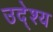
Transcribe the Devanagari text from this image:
उदे्श्य